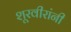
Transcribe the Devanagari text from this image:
शूरवीरांनी